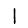
Digit: 1